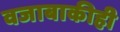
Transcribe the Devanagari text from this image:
वजाबाकीही